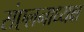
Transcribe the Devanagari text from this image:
संएलनाध्यक्ष